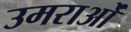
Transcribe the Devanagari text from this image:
उमराओं